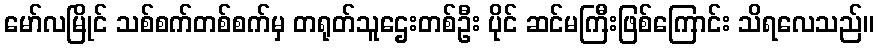
မော်လမြိုင် သစ်စက်တစ်စက်မှ တရုတ်သူဌေးတစ်ဦး ပိုင် ဆင်မကြီးဖြစ်ကြောင်း သိရလေသည်။